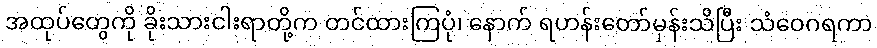
အထုပ်တွေကို ခိုးသားငါးရာတို့က တင်ထားကြပုံ၊ နောက် ရဟန်းတော်မှန်းသိပြီး သံဝေဂရကာ